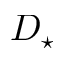
D _ { \star }